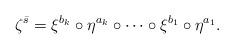
LaTeX: \begin{align*} \zeta^{\bar{s}} = \xi^{b_{k}}\circ \eta^{a_{k}}\circ\dots\circ\xi^{b_{1}}\circ\eta^{a_{1}}.\end{align*}